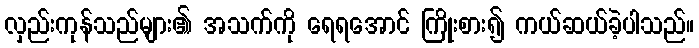
လှည်းကုန်သည်များ၏ အသက်ကို ရေရအောင် ကြိုးစား၍ ကယ်ဆယ်ခဲ့ပါသည်။